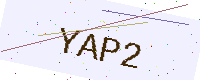
Text: YAP2